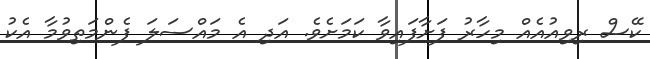
ކޭސް ރިވިއުއެއް މިހާރު ފަށާފައިވާ ކަމަށެވެ. އަދި އެ މައްސަލަ ފެންމަތިވުމާ އެކު